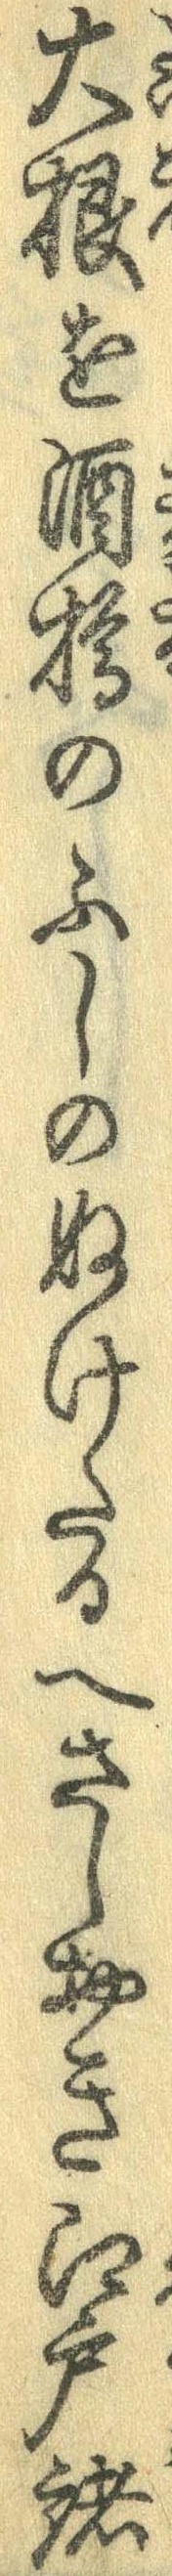
大根を酒樽のふしのぬけたるへさしおき江戸諸